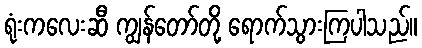
ရုံးကလေးဆီ ကျွန်တော်တို့ ရောက်သွားကြပါသည်။